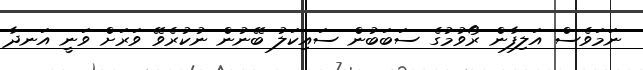
ނަމަވެސް އަލިފާން ރޯވުމުގެ ސަބަބުން ސައިކަލު ބޭނުން ނުކުރެވޭ ވަރަށް ވަނީ އަނދާ